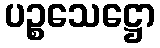
ပဉ္စသေဋ္ဌော